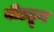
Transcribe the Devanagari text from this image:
बीडहून